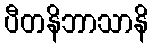
ပီတနိဘာသာနိ